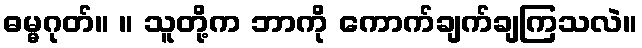
ဓမ္မဂုတ်။ ။ သူတို့က ဘာကို ကောက်ချက်ချကြသလဲ။